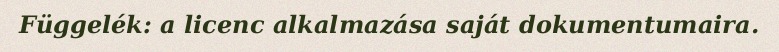
Függelék: a licenc alkalmazása saját dokumentumaira.